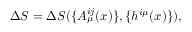
\Delta S = \Delta S ( \{ A _ { \mu } ^ { i j } ( x ) \} , \{ h ^ { i \mu } ( x ) \} ) ,